Leaving Certificate Examination (including Day School Certificate (Higher) General paper), 1937
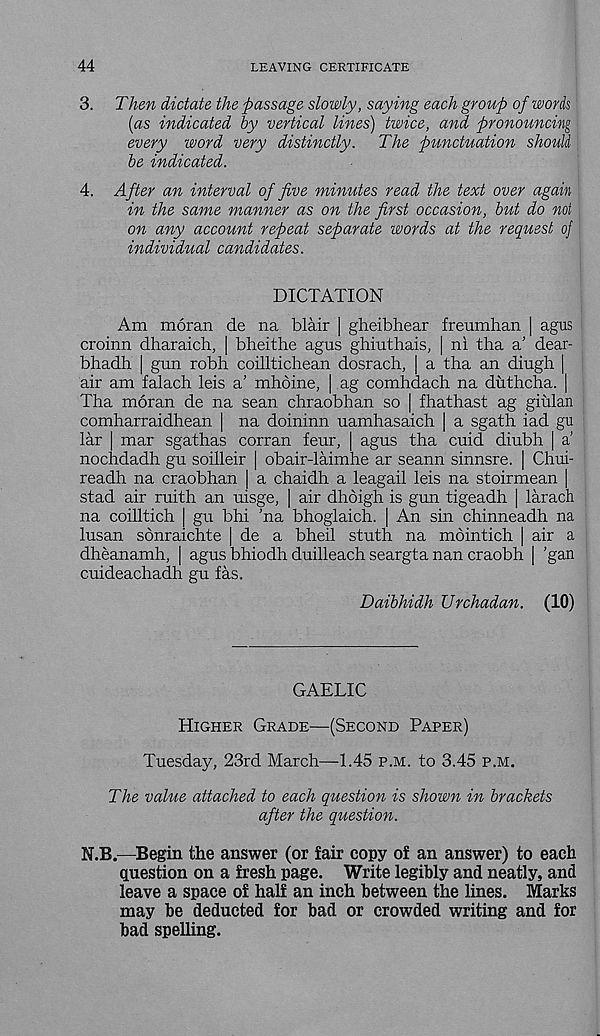
44
LEAVING CERTIFICATE
3. Then dictate the passage slowly, saying each group of words
(as indicated by vertical lines) twice, and pronouncing
every word very distinctly. The punctuation should
be indicated.
4. After an interval of five minutes read the text over again
in the same manner as on the first occasion, but do not
on any account repeat separate words at the request oj
individual candidates.
DICTATION
Am moran de na blair | gheibhear freumhan | agus
croinn dharaich, | bheithe agus ghiuthais, | n! tha a’ dear-
bhadh | gun robh coilltichean dosrach, | a tha an diugh |
air am falach leis a’ mhoine, | ag comhdach na duthcha. |
Tha moran de na sean chraobhan so | fhathast ag giulan
comharraidhean | na doininn uamhasaich | a sgath iad gu
lar mar sgathas corran feur, | agus tha cuid diubh | a’
nochdadh gu soilleir [ obair-laimhe ar seann sinnsre. | Chui-
readh na craobhan | a chaidh a leagail leis na stoirmean |
stad air ruith an uisge, | air dhoigh is gun tigeadh | larach
na coilltich | gu bhi 'na bhoglaich. [ An sin chinneadh na
lusan sonraichte | de a bheil stuth na mointich | air a
dheanamh, | agus bhiodh duilleach seargta nan craobh | 'gan
cuideachadh gu fas.
Daibhidh Urchadan. (10)
GAELIC
Higher Grade—(Second Paper)
Tuesday, 23rd March—1.45 p.m. to 3.45 p.m.
The value attached to each question is shown in brackets
after the question.
N.B.—Begin the answer (or fair copy of an answer) to each
question on a fresh page. Write legibly and neatly, and
leave a space of half an inch between the lines. Marks
may be deducted for bad or crowded writing and for
bad spelling.